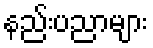
နည်းပညာများ